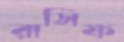
রাসিফ